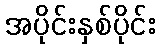
အပိုင်းနှစ်ပိုင်း